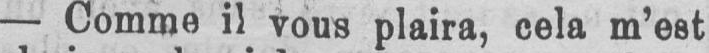
- Comme il vous plaira, cela m’est